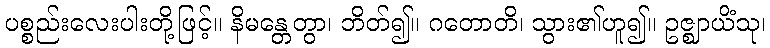
ပစ္စည်းလေးပါးတို့ဖြင့်။ နိမန္တေတွာ၊ ဘိတ်၍။ ဂတောတိ၊ သွား၏ဟူ၍။ ဥဇ္ဈာယိံသု၊